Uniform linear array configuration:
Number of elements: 64
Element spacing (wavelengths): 0.75
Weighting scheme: hamming
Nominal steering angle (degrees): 30
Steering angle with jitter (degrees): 29.806
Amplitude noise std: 0.05
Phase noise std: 0.05

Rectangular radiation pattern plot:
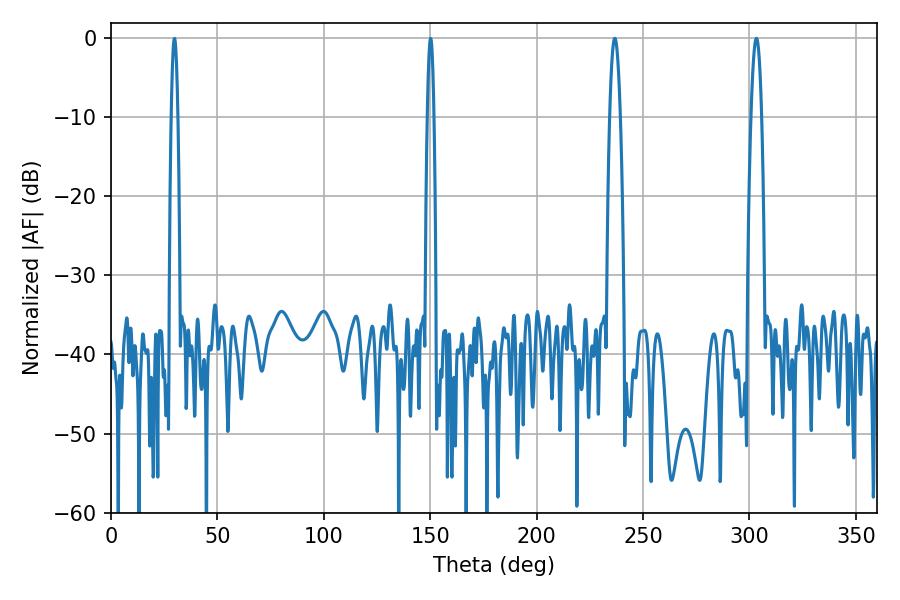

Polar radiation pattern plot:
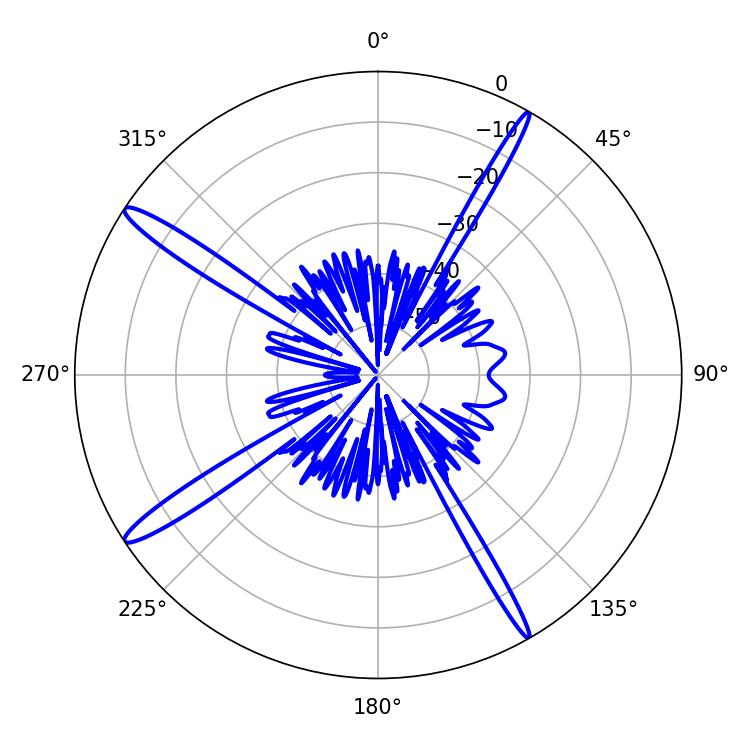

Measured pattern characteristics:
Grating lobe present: TRUE
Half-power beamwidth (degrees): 2.7
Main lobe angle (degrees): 236.7